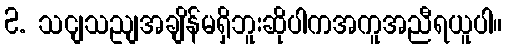
2. သငျသညျအချိန်မရှိဘူးဆိုပါကအကူအညီရယူပါ။